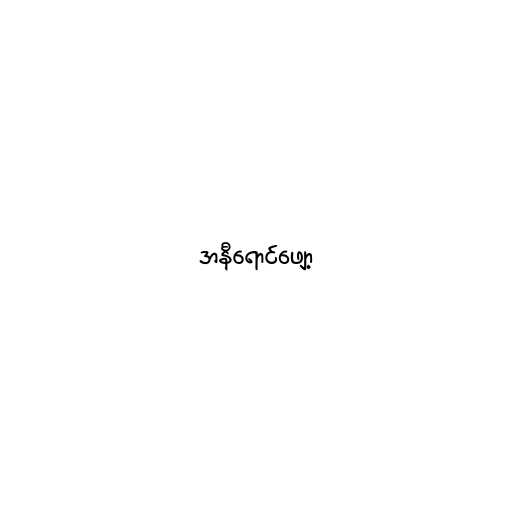
အနီရောင်ဖျော့